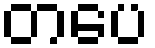
တပေ